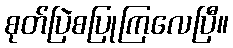
စုတ်ပြဲစပြုကြလေပြီ။